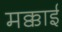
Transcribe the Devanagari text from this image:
मक्काई